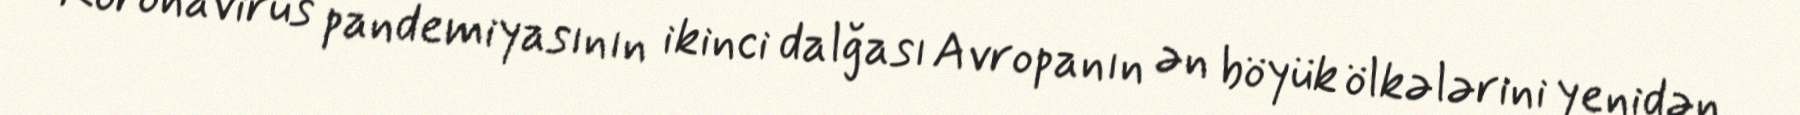
Koronavirus pandemiyasının ikinci dalğası Avropanın ən böyük ölkələrini yenidən